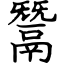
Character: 鬵